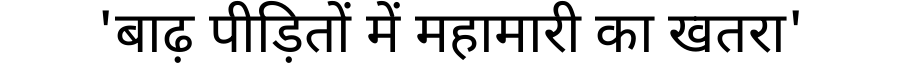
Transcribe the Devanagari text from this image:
'बाढ़ पीड़ितों में महामारी का खतरा'